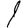
Digit: 1